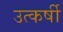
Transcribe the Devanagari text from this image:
उत्कर्षी